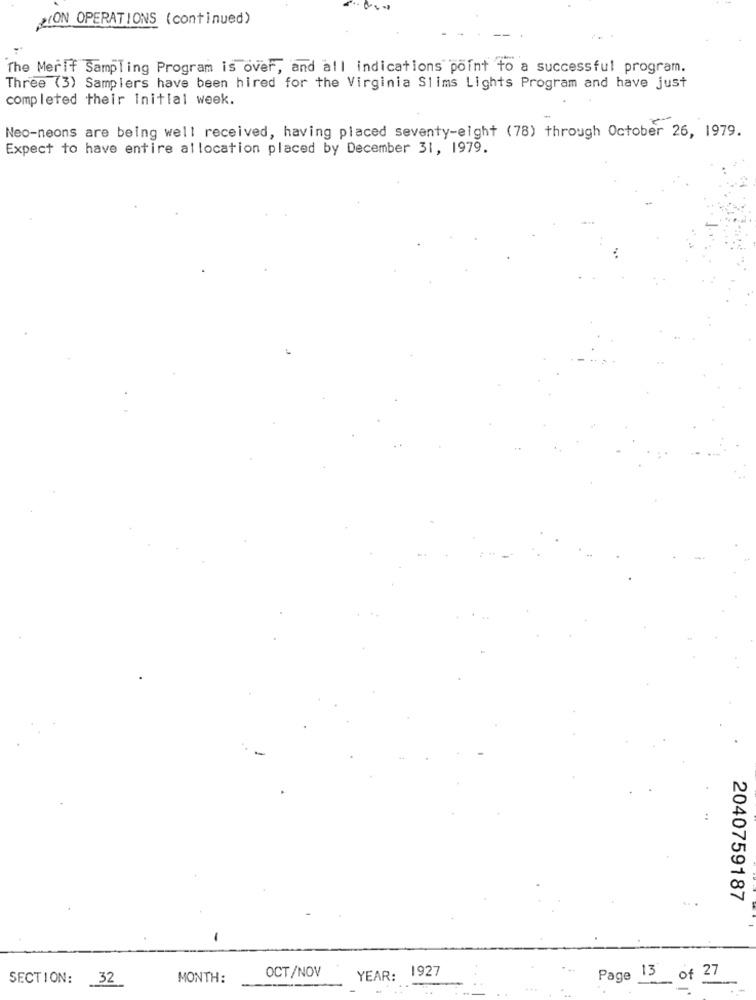
SON OPERATIONS (continued)
The Merlf Sampling Program is over, and all indications point to a successful program.
Three (3) Samplers have been hired for the Virginia Slims Lights Program and have just
completed their Initial week.
Neo-neons are being well received, having placed seventy-eight (78) through October 26, 1979.
Expect to have entire allocation placed by December 31, 1979.
2040759187
YEAR: 1927
SECTION:
MONTH:
OCT/NOV
Page 13 of 27
32